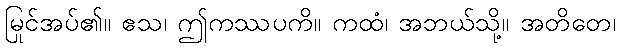
မြင်အပ်၏။ ဧသ၊ ဤကဿပကို။ ကထံ၊ အဘယ်သို့။ အတိတေ၊